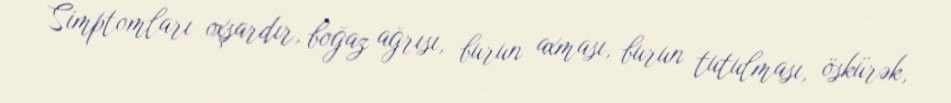
Simptomları oxşardır, boğaz ağrısı, burun axması, burun tutulması, öskürək,